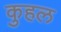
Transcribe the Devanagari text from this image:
कुहल